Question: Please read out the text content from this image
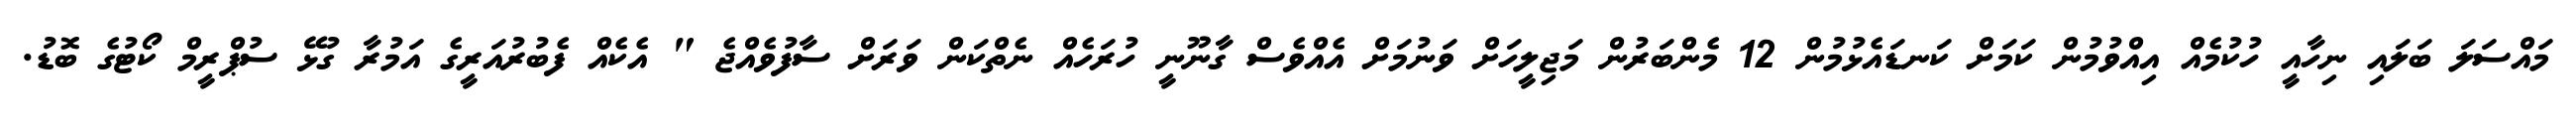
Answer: މައްސަލަ ބަލައި ނިހާއީ ހުކުމެއް އިއްވުމުން ކަމަށް ކަނޑައެޅުމުން 12 މެންބަރުން މަޖިލީހަށް ވަނުމަށް އެއްވެސް ގާނޫނީ ހުރަހެއް ނެތްކަން ވަރަށް ސާފުވެއްޖެ " އެކެއް ފެބުރުއަރީގެ އަމުރާ ގުޅޭ ސުޕްރީމް ކޯޓުގެ ބޮޑު.